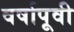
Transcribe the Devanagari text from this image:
वर्षापूवी